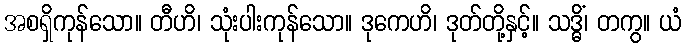
အစရှိကုန်သော။ တီဟိ၊ သုံးပါးကုန်သော။ ဒုကေဟိ၊ ဒုတ်တို့နှင့်။ သဒ္ဓိံ၊ တကွ။ ယံ